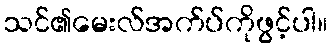
သင်၏မေးလ်အက်ပ်ကိုဖွင့်ပါ။